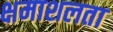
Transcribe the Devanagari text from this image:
क्षमाशलता